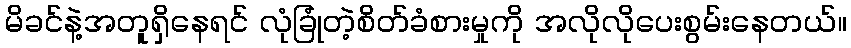
မိခင်နဲ့အတူရှိနေရင် လုံခြုံတဲ့စိတ်ခံစားမှုကို အလိုလိုပေးစွမ်းနေတယ်။